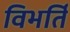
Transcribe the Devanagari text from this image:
विभर्ति